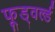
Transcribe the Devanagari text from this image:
फूड्वर्ल्ड